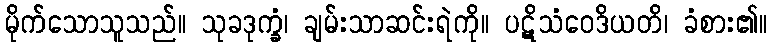
မိုက်သောသူသည်။ သုခဒုက္ခံ၊ ချမ်းသာဆင်းရဲကို။ ပဋိသံဝေဒိယတိ၊ ခံစား၏။